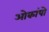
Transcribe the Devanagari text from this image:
ओकांपो